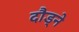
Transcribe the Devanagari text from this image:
दौड्ने